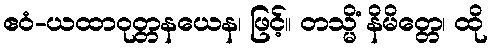
ဧဝံ-ယထာဝုတ္တနယေန၊ ဖြင့်။ တသ္မိံ နိမိတ္တေ၊ ထို